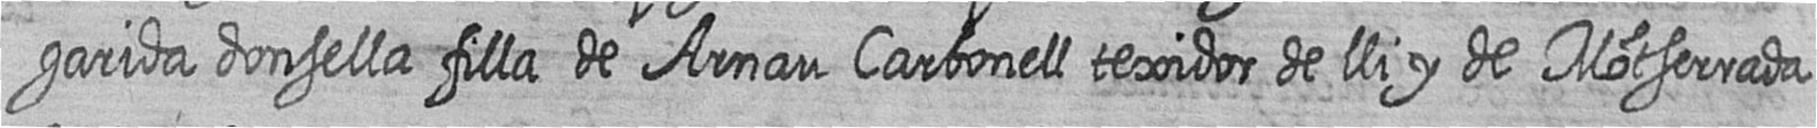
garida donsella filla de Arnau Carbonell texidor de lli y de Motserrada